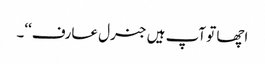
اچھا تو آپ ہیں جنرل عارف‘‘۔